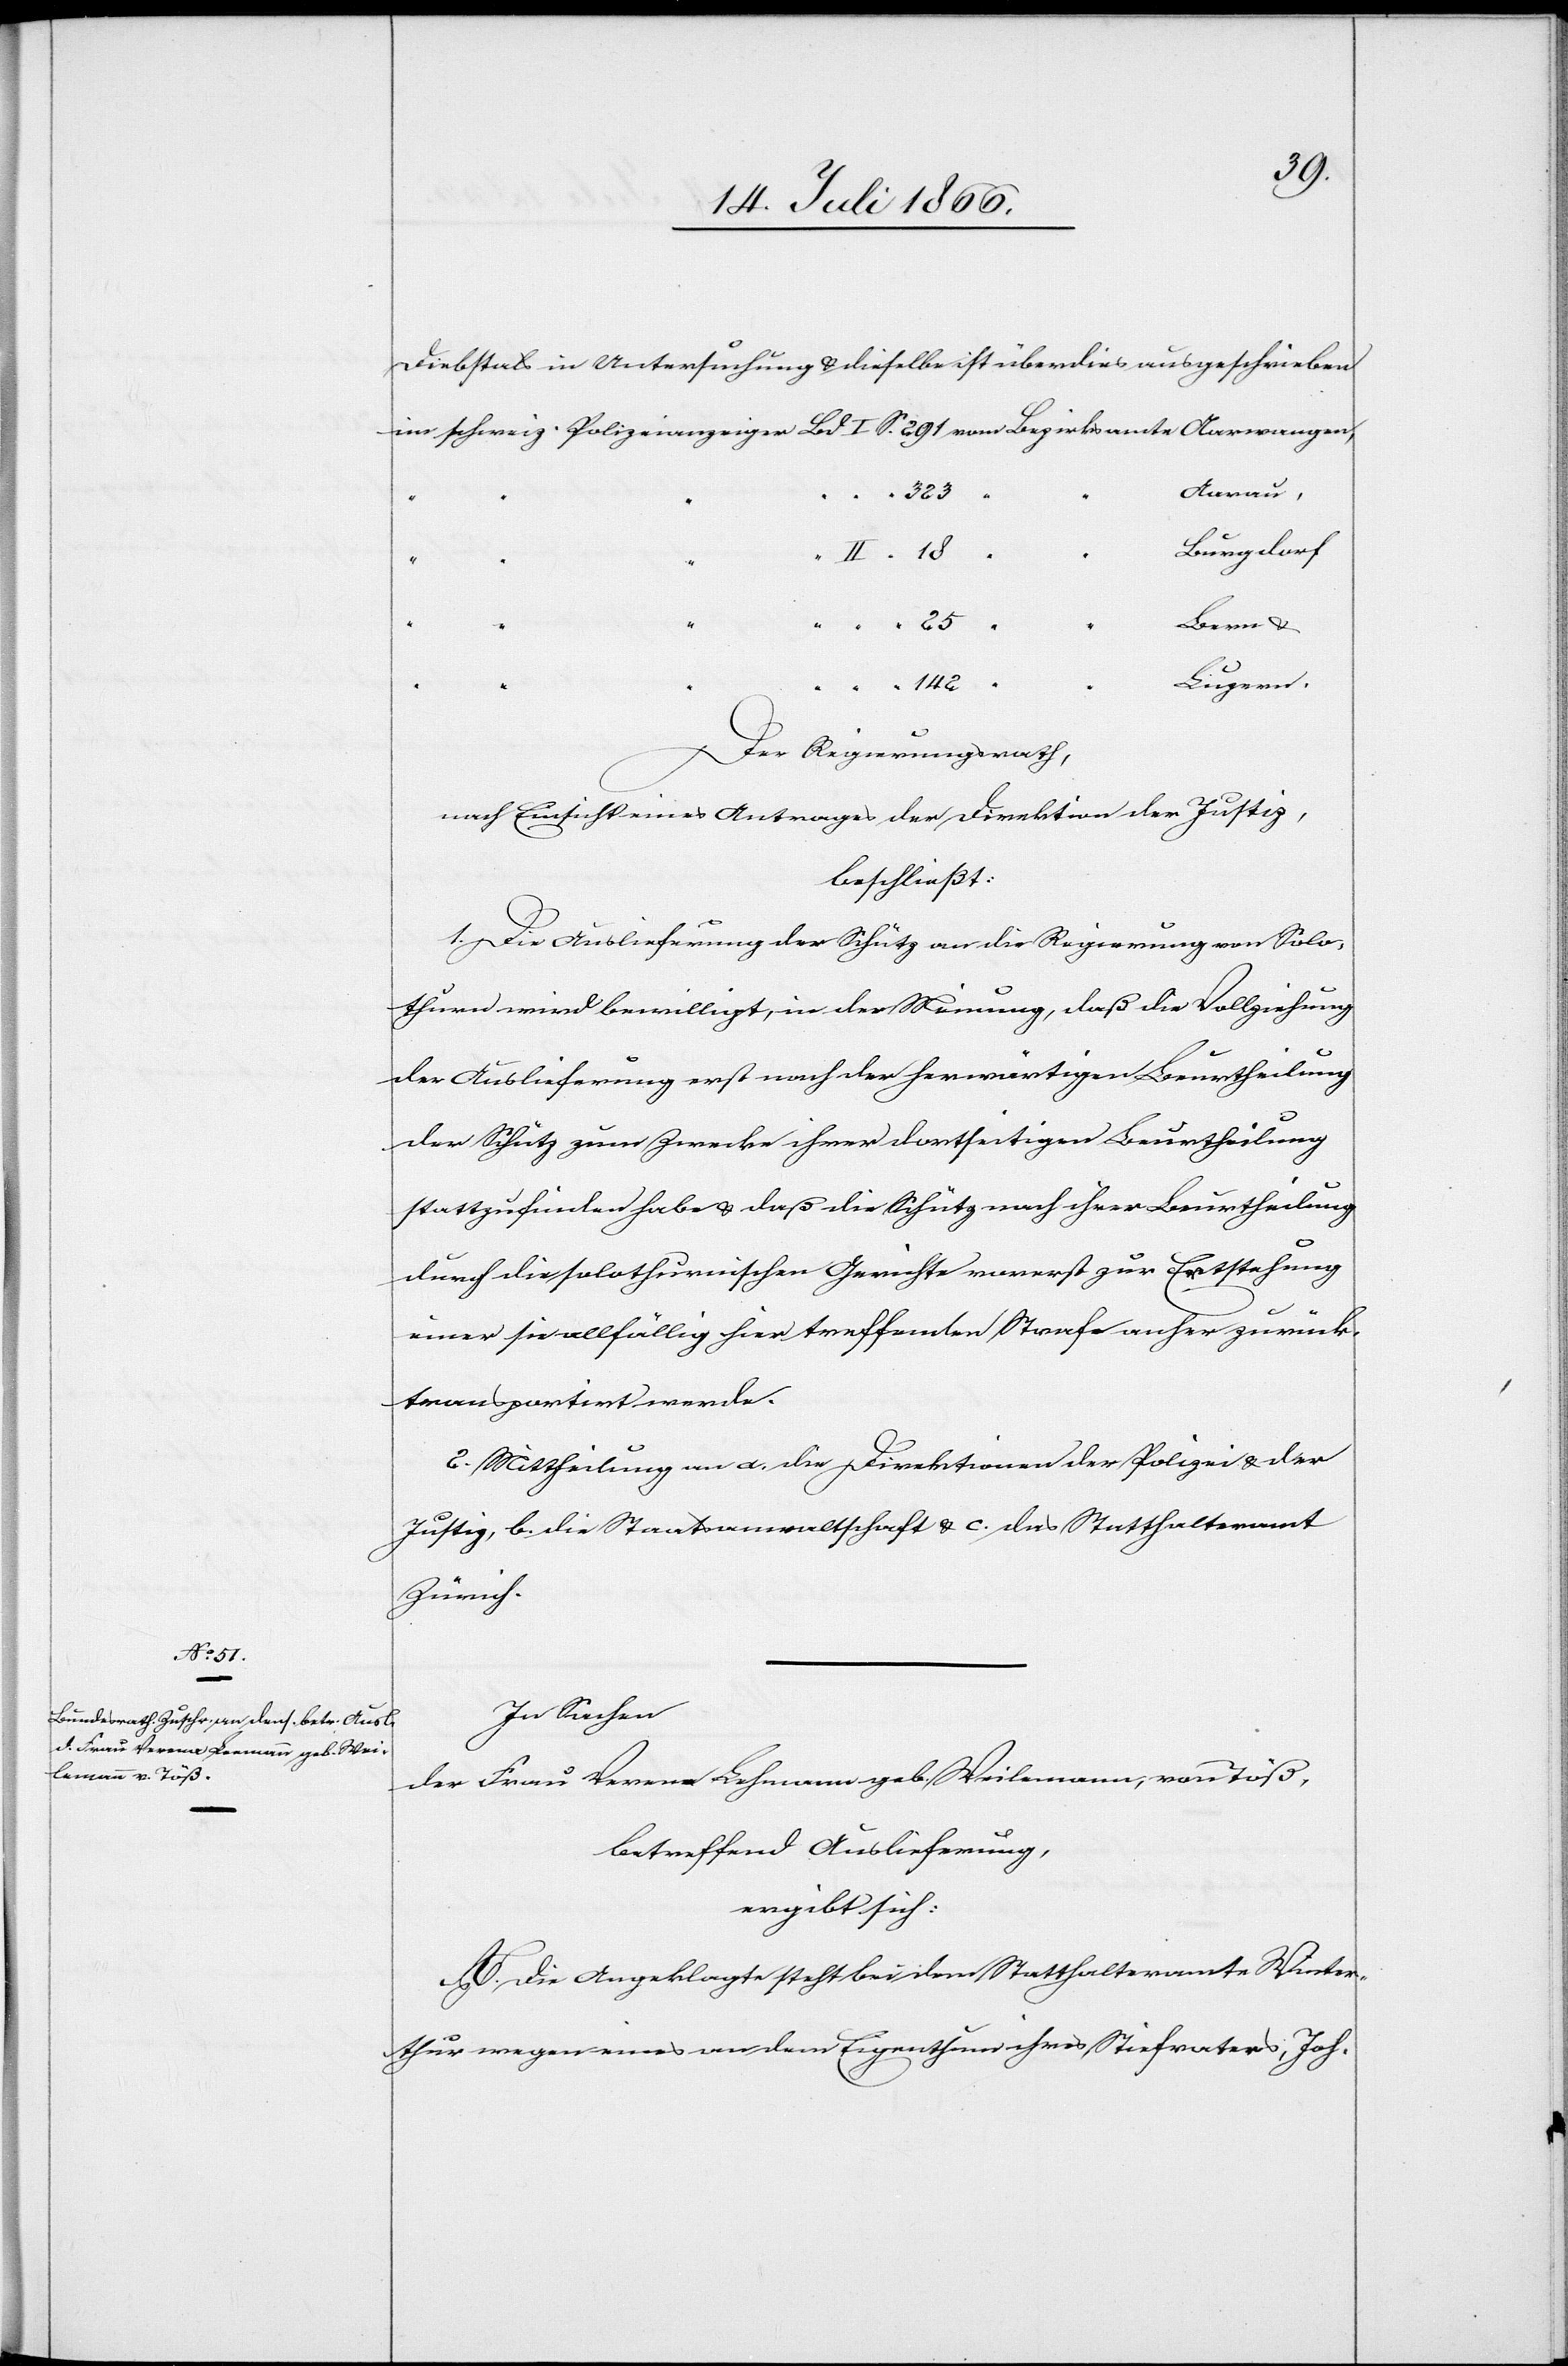
20. Juli 1866.]
Diebstals in Untersuchung u. dieselbe ist überdies ausgeschrieben
Aarau,
Burgdorf,
II “
Bern u.
Luzern.
“ “
142
“ “ “
Der Regierungsrath,
nach Einsicht eines Antrages der Direktion der Justiz,
beschließt:
1. Die Auslieferung der Schütz an die Regierung von Solo¬
thurn wird bewilligt, in der Meinung, daß die Vollziehung
der Auslieferung erst nach der herwärtigen Beurtheilung
der Schütz zum Zwecke ihrer dortseitigen Beurtheilung
stattzufinden habe u. daß die Schütz nach ihrer Beurtheilung
durch die solothurnischen Gerichte vorerst zur Erstehung
einer sie allfällig hier treffenden Strafe anher zurück
transportirt werde.
2. Mittheilung an a. die Direktionen der Polizei u. der
Justiz, b. die Staatsanwaltschaft u. c. das Statthalteramt
Zürich.
In Sachen
der Frau Verena Lehmann [sic!] geb. Weilemann, von Töß,
betreffend Auslieferung,
ergibt sich:
A. Die Angeklagte steht bei dem Statthalteramte Winter¬
thur wegen eines an dem Eigenthum ihres Stiefvaters, Joh.